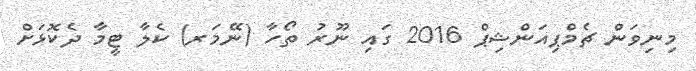
މިނިވަން ޗެމްޕިއަންޝިޕް 2016 ގައި ނޫރު ތޯހާ (ނޭމަރ) ކެލާ ޓީމާ ދެކޮޅަށް